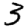
Digit: 3